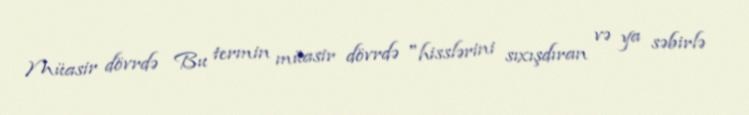
Müasir dövrdə Bu termin müasir dövrdə "hisslərini sıxışdıran və ya səbirlə